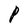
Character: P